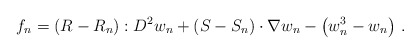
\begin{align*}f_{n}=(R-R_{n}):D^{2}w_{n}+(S-S_{n})\cdot\nabla w_{n}-\left(w_{n}^{3}-w_{n}\right)\,.\end{align*}